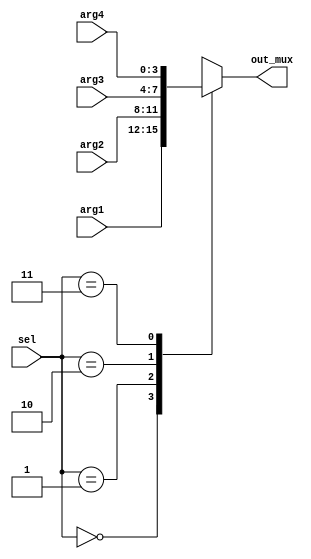
`timescale 1ns/1ns

`celldefine
module mux_cell (
	input [3:0] arg1,arg2,arg3,arg4, 
	input [1:0] sel, 
	output reg [3:0] out_mux);

	always @ (sel,arg1,arg2,arg3,arg4)
	begin
		case (sel)
			3'b00:
			        out_mux = arg1;
			3'b01:
				out_mux = arg2;
			3'b10:
				out_mux = arg3;
			3'b11:
				out_mux = arg4;
			default : 
				out_mux = arg1;
		endcase
	end

endmodule
`endcelldefine